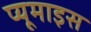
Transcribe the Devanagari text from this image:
प्यूमाइस